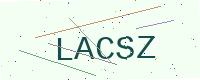
Text: LACSZ